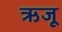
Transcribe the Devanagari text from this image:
ऋजू